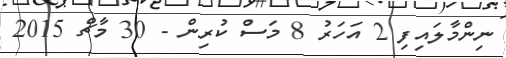
ނިންމާލައިފި 2 އަހަރު 8 މަސް ކުރިން - 30 މާޗް 2015